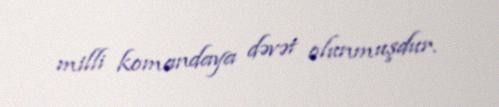
milli komandaya dəvət olunmuşdur.